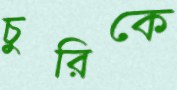
চুরিকে